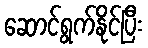
ဆောင်ရွက်နိုင်ပြီး